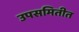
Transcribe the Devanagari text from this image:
उपसमितीत